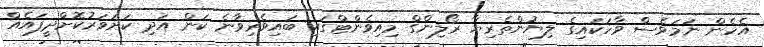
އެހެން ނަމަވެސް ވާހަކައިގެ ލިޔުންތެރިޔާ ރޯލިންގް މިއިވެންޓްގައި ބައިވެރިވާނެ ކަން އަދި ކަށަވަރުކޮށްދީފައެއް